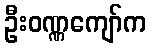
ဦးဝဏ္ဏကျော်က